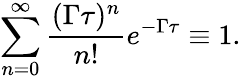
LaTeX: \sum_{n=0}^{\infty}\frac{(\Gamma\tau)^{n}}{n!}e^{-\Gamma\tau}\equiv 1.